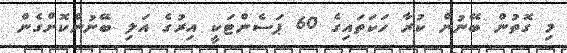
މި ގޮތުން ބޭނުން ކުރާ ހަކަތައިގެ 60 ޕަސެންޓަކީ އިރުގެ އަލި ބޭނުންކޮށްގެން